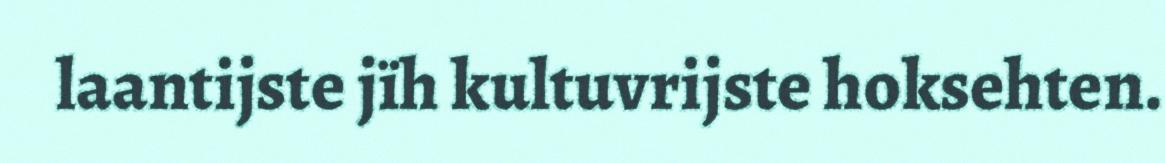
laantijste jïh kultuvrijste hoksehten.